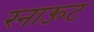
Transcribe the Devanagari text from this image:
रनाऊट